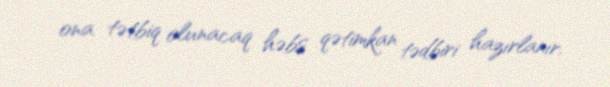
ona tətbiq olunacaq həbs qətimkan tədbiri hazırlanır.